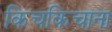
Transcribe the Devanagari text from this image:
किचकिचाना